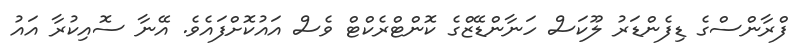
ފްރާންސްގެ ޑިފެންޑަރު ލޫކަސް ހަނާންޑޭޒްގެ ކޮންޓްރެކްޓް ވެސް އައުކޮށްފައެވެ. އޭނާ ސޮއިކުރާ އައު